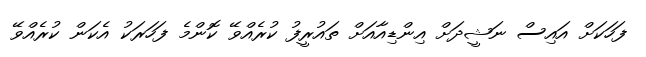
ފަހަކަށް އައިސް ނަޝީދަށް އިންޑިއާއަށް ތައުރީފު ކުރެއްވޭ ކޮންމެ ފަހަރަކު އެކަން ކުރެއްވޭ